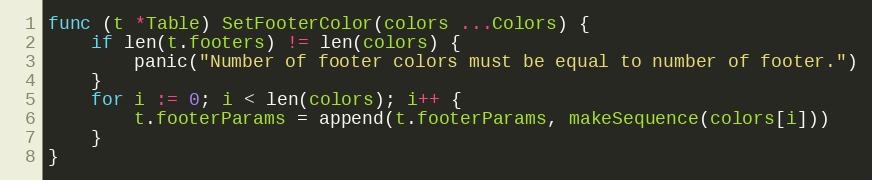
Language: Go
func (t *Table) SetFooterColor(colors ...Colors) {
	if len(t.footers) != len(colors) {
		panic("Number of footer colors must be equal to number of footer.")
	}
	for i := 0; i < len(colors); i++ {
		t.footerParams = append(t.footerParams, makeSequence(colors[i]))
	}
}